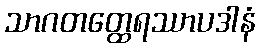
သာဂတတ္ထေရဿာပဒါနံ